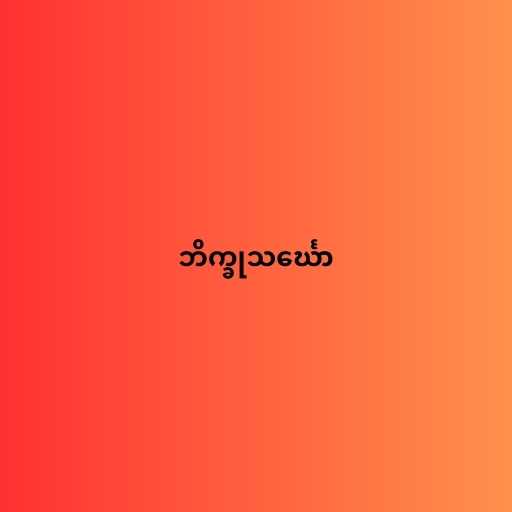
ဘိက္ခုသင်္ဃော